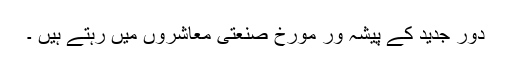
دور جدید کے پیشہ ور مورخ صنعتی معاشروں میں رہتے ہیں ۔